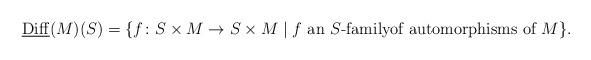
LaTeX: \begin{align*} \underline{\mathrm{Diff}}(M)(S) = \{f\colon S\times M\rightarrow S\times M\mid f\ \text{an $S$-familyof automorphisms of $M$}\}.\end{align*}